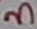
Text: 3